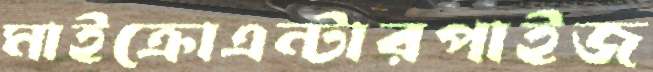
মাইক্রোএন্টারপাইজ